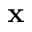
\bf x